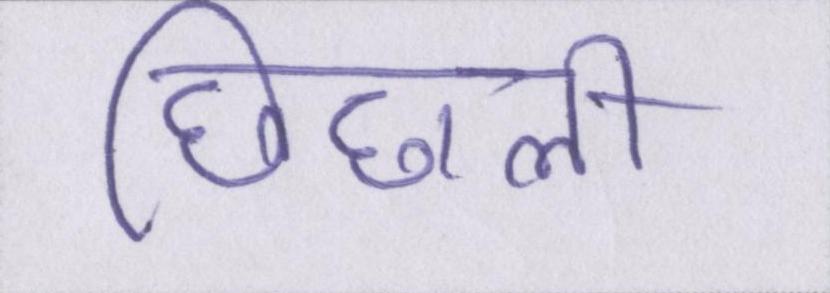
छिछली